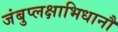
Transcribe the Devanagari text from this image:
जंबुप्लक्षाभिधानौ